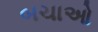
બચાઓ